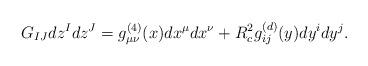
LaTeX: \begin{align*}G_{IJ}dz^I d z^J = g^{(4)}_{\mu\nu}(x)dx^{\mu}dx^\nu + R_c^2 g^{(d)}_{ij}(y)dy^{i}dy^j.\end{align*}